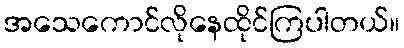
အသေကောင်လိုနေထိုင်ကြပါတယ်။